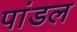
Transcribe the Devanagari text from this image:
पांडल